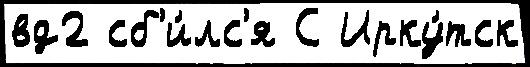
вд2 сб'и́лс'я С Ирку́тск